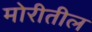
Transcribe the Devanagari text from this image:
मोरीतील